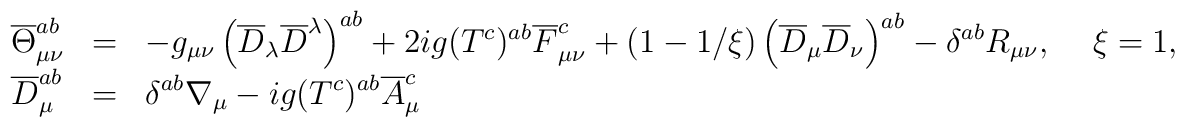
\begin{array}{lll}\displaystyle\overline{\Theta}_{\mu \nu}^{a b}&=&\displaystyle-g_{\mu\nu} \left( \overline{D}_{\lambda} \overline{D}^{\lambda} \right)^{a b}+2i g (T^c)^{a b} \overline{F}_{\mu \nu}^c+\left( 1 - {1/\xi} \right)\left( \overline{D}_{\mu} \overline{D}_{\nu} \right)^{a b}-\delta^{a b} R_{\mu \nu} ,\hspace{5mm} \xi=1, \\\displaystyle\overline{D}_{\mu}^{a b}&=&\displaystyle\delta^{a b} \nabla_{\mu}-ig (T^c)^{ab} \overline{A}_{\mu}^c\end{array}